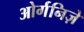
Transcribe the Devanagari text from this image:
ओर्गनिज़े